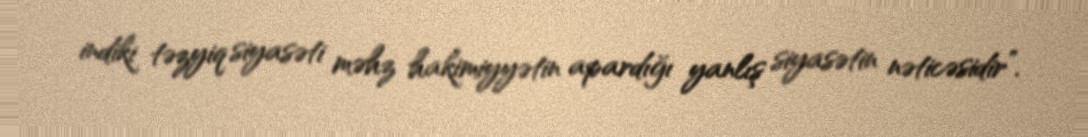
indiki təzyiq siyasəti məhz hakimiyyətin apardığı yanlış siyasətin nəticəsidir”.